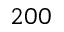
2 0 0